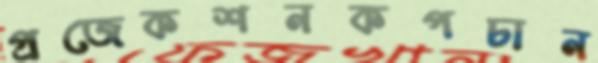
প্রজেকশনকপচান